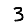
Digit: 3